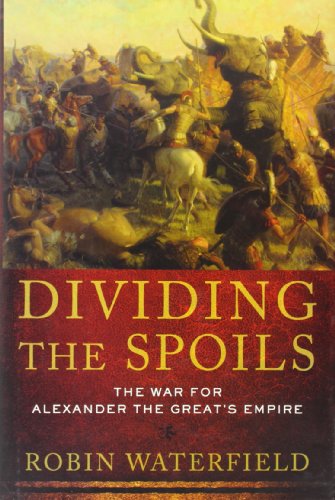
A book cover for Dividing the Spoils: The War for Alexander the Great's Empire (Ancient Warfare and Civilization); Robin Waterfield; History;